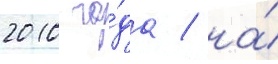
2010 го́да / на́